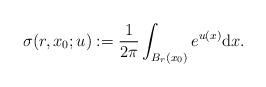
LaTeX: \begin{align*}\sigma(r,x_{0};u):=\frac{1}{2\pi}\int_{B_{r}(x_{0})}e^{u(x)}\mathrm{d}x.\end{align*}